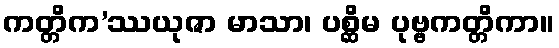
ကတ္တိက’ဿယုဇာ မာသာ၊ ပစ္ဆိမ ပုဗ္ဗကတ္တိကာ။